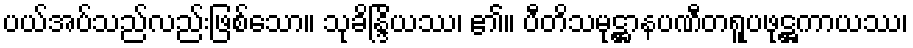
ပယ်အပ်သည်လည်းဖြစ်သော။ သုခိန္ဒြိယဿ၊ ၏။ ပီတိသမုဋ္ဌာနပဏီတရူပဖုဋ္ဌကာယဿ၊